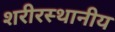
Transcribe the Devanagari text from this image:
शरीरस्थानीय